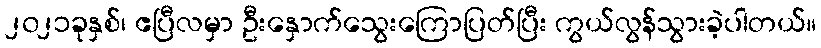
၂၀၂၁ခုနှစ်၊ ဧပြီလမှာ ဦးနှောက်သွေးကြောပြတ်ပြီး ကွယ်လွန်သွားခဲ့ပါတယ်။